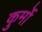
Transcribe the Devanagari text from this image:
कुर्मो